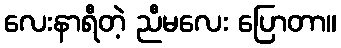
လေးနာရီတဲ့ ညီမလေး ပြောတာ။